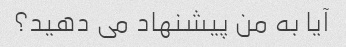
آیا به من پیشنهاد می دهید؟